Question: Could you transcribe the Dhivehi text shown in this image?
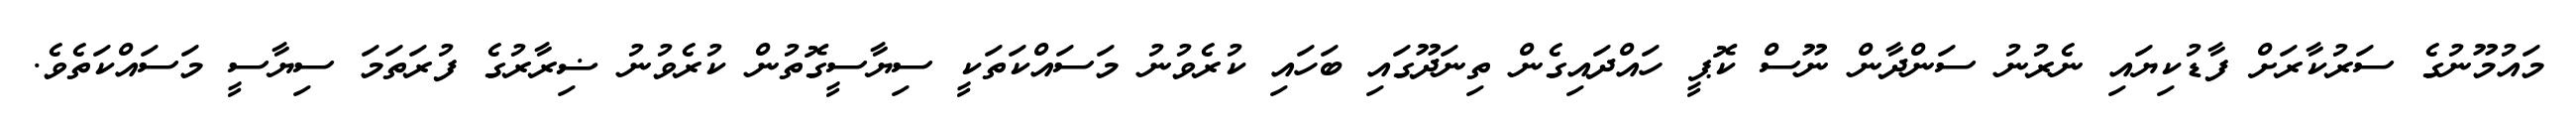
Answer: މައުމޫނުގެ ސަރުކާރަށް ފާޑުކިޔައި ނެރުނު ސަންދާން ނޫސް ކޮޕީ ހައްދައިގެން ތިނަދޫގައި ބަހައި ކުރެވުނު މަސައްކަތަކީ ސިޔާސީގޮތުން ކުރެވުނު ޟިރާރުގެ ފުރަތަމަ ސިޔާސީ މަސައްކަތެވެ.